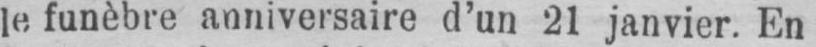
le funèbre anniversaire d’un 21 janvier. En